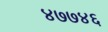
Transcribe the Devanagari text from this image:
४७७४६